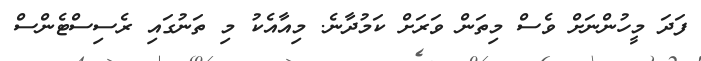
ފަދަ މީހުންނަށް ވެސް މިތަން ވަރަށް ކަމުދާނެ. މިއާއެކު މި ތަނުގައި ރެސިސްޓެންސް